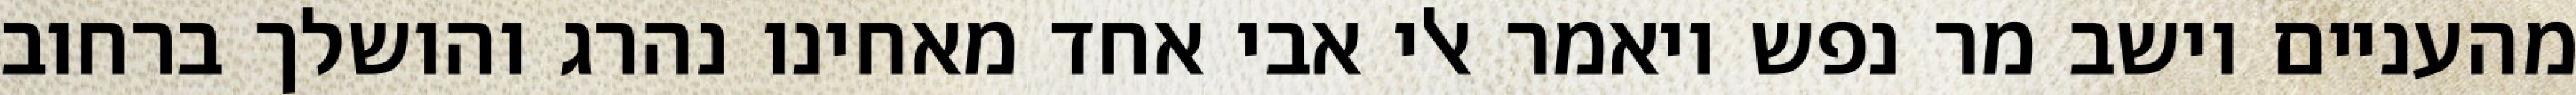
מהעניים וישב מר נפש ויאמר אלי אבי אחד מאחינו נהרג והושלך ברחוב